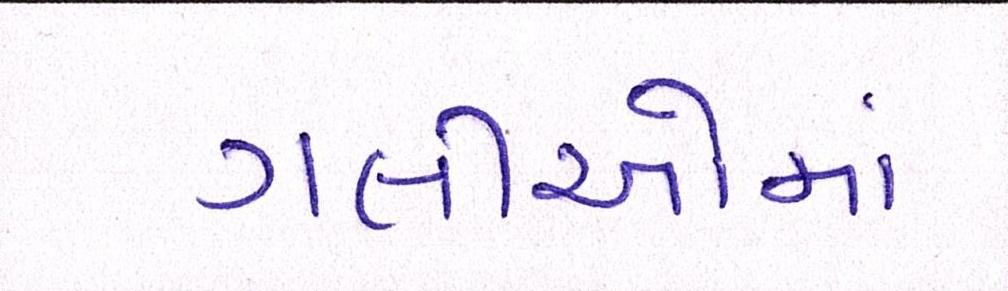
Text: ગલીઓમાં